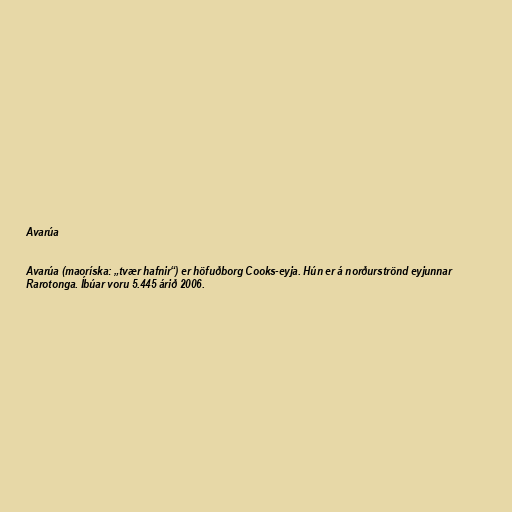
Avarúa

Avarúa (maoríska: „tvær hafnir“) er höfuðborg Cooks-eyja. Hún er á norðurströnd eyjunnar
Rarotonga. Íbúar voru 5.445 árið 2006.